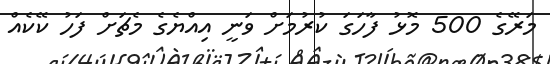
މަރޭގެ 500 މޮޅު ފާހަގަ ކުރުމަށް ވަނީ އިއްޔެގެ މެޗަށް ފަހު ކޭކެއް